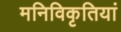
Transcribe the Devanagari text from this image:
मनिविकृतियां